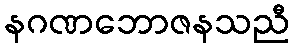
နဂဏဘောဇနသညီ